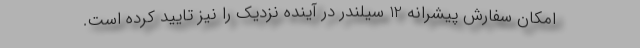
امکان سفارش پیشرانه 12 سیلندر در آینده نزدیک را نیز تایید کرده است.